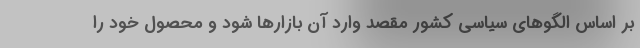
بر اساس الگوهای سیاسی کشور مقصد وارد آن بازارها شود و محصول خود را